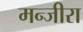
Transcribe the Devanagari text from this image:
मन्जीरा